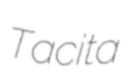
Tacita